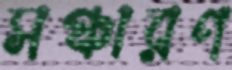
সঞ্চারণ